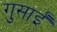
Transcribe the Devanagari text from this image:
गुसाईँ